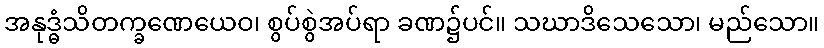
အနုဒ္ဓံသိတက္ခဏေယေဝ၊ စွပ်စွဲအပ်ရာ ခဏ၌ပင်။ သဃာဒိသေသော၊ မည်သော။